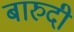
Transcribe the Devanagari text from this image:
बारुदी